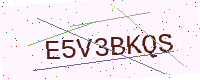
Text: E5V3BKQS